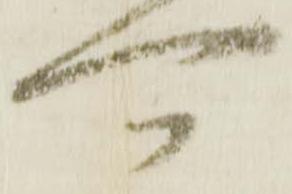
可